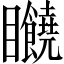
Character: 𥍘